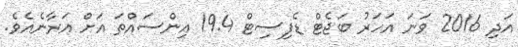
އަދި 2016 ވަނަ އަހަރު ބަޖެޓް ޑެފިސިޓް 19.4 އިންސައްތަ އަށް އަރާނެއެވެ.